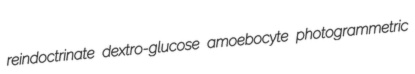
reindoctrinate dextro-glucose amoebocyte photogrammetric